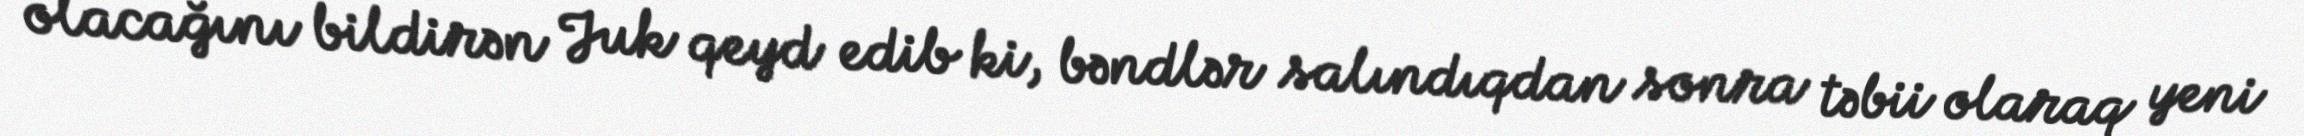
olacağını bildirən Juk qeyd edib ki, bəndlər salındıqdan sonra təbii olaraq yeni